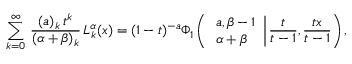
\begin{array} { l } { \displaystyle \sum _ { k = 0 } ^ { \infty } \, \frac { ( a ) _ { k } \, t ^ { k } } { ( \alpha + \beta ) _ { k } } \, L _ { k } ^ { \alpha } ( x ) = ( 1 - t ) ^ { - a } \Phi _ { 1 } \left( \left. \begin{array} { l } { a , \beta - 1 } \\ { \alpha + \beta } \end{array} \right| \frac t { t - 1 } , \frac { t x } { t - 1 } \right) , } \end{array}